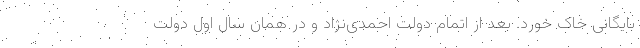
بایگانی خاک خورد. بعد از اتمام دولت احمدی‌نژاد و در همان سال اول دولت